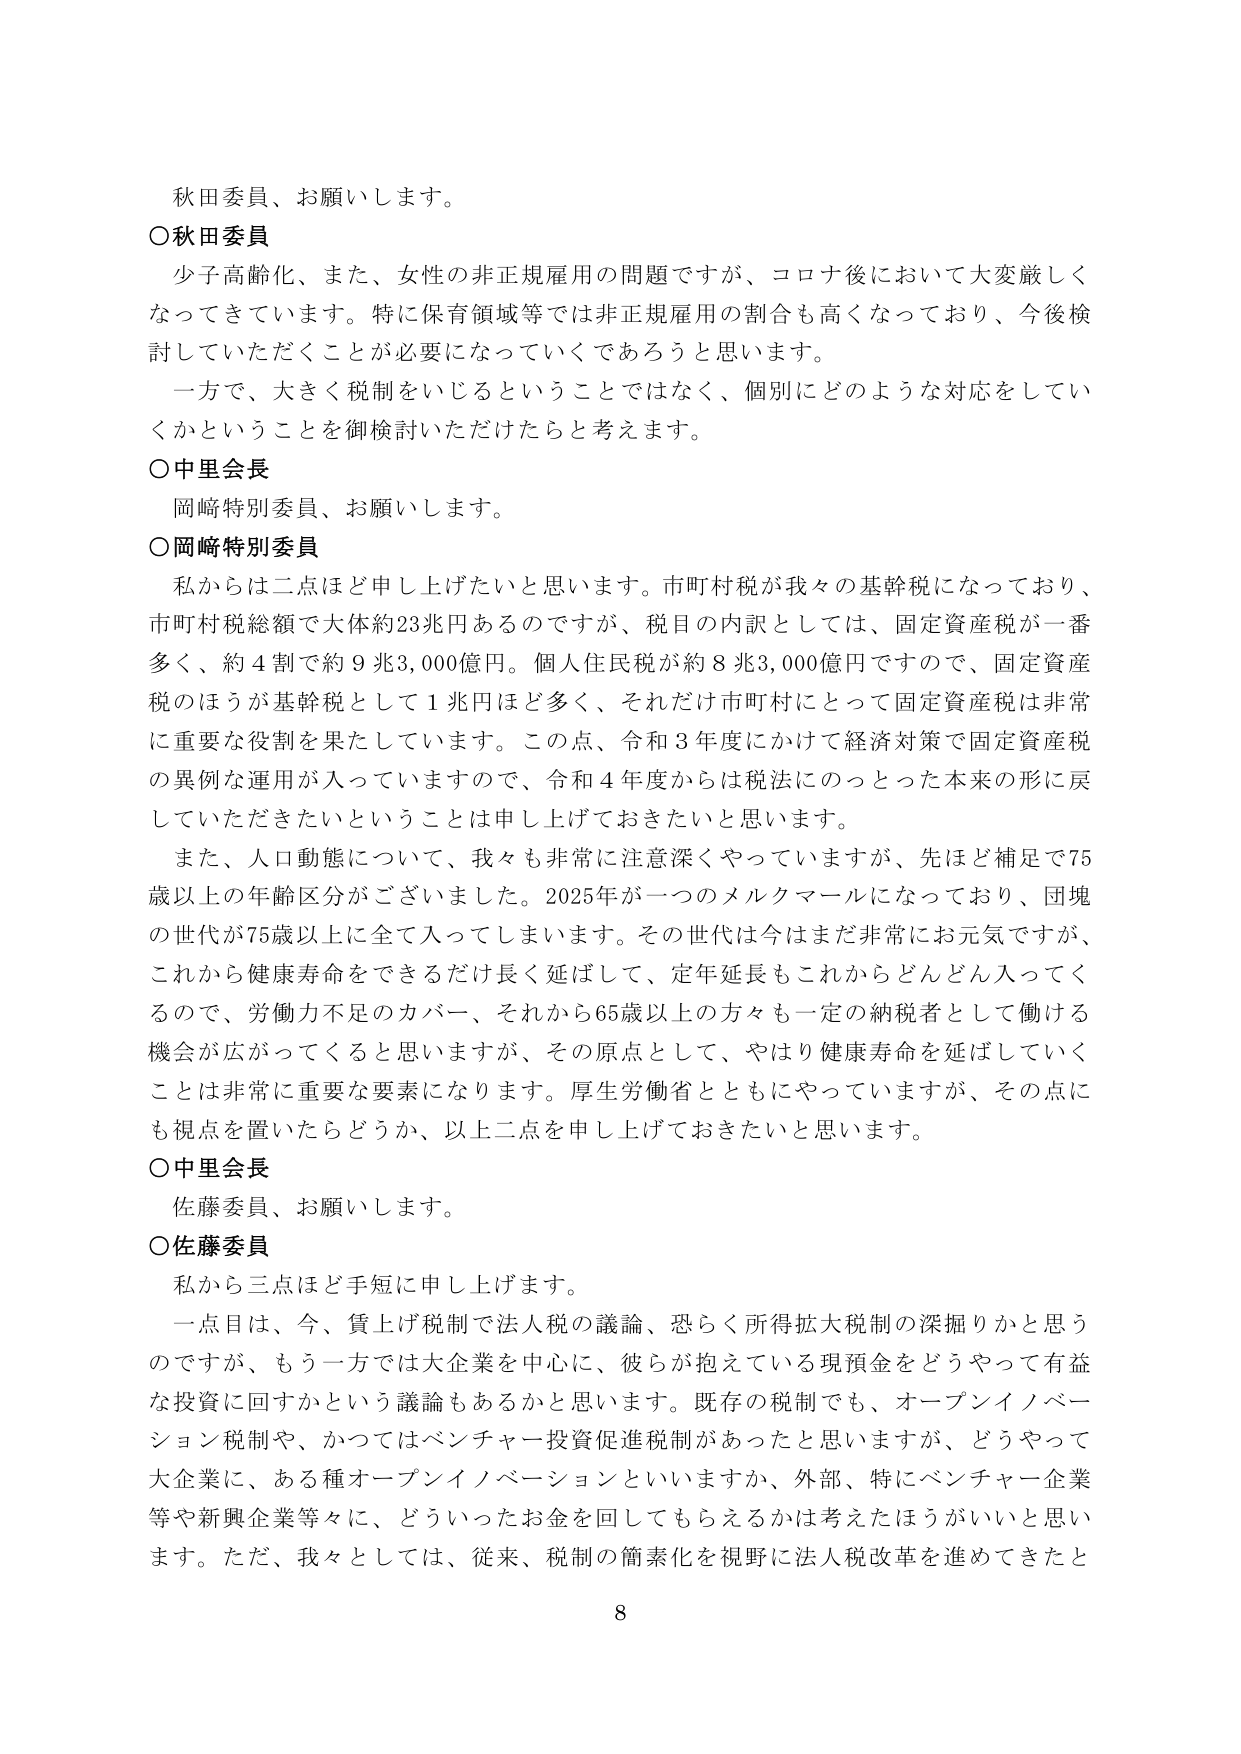
秋田委員、お願いします。

○秋田委員
少子高齢化、また、女性の非正規雇用の問題ですが、コロナ後において大変厳しくなってきています。特に保育領域等では非正規雇用の割合も高くなっており、今後検討していただくことが必要になっていくであろうと思います。
一方で、大きく税制をいじるということではなく、個別にどのような対応をしていくかということを御検討いただけたらと考えます。

○中里会長
岡崎特別委員、お願いします。

○岡崎特別委員
私からは二点ほど申し上げたいと思います。市町村税が我々の基幹税になっており、市町村税総額で大体約23兆円あるのですが、税目の内訳としては、固定資産税が一番多く、約4割で約9兆3,000億円。個人住民税が約8兆3,000億円ですので、固定資産税のほうが基幹税として1兆円ほど多く、それだけ市町村にとって固定資産税是非常に重要な役割を果たしています。この点、令和3年度にかけて経済対策で固定資産税の異例な運用が入っていますので、令和4年度からは税法にのっとった本来の形に戻していただきたいということは申し上げておきたいと思います。
また、人口動態について、我々も非常に注意深くやっていますが、先ほど補足で75歳以上の年齢区分がございました。2025年が一つのメルクマールになっており、団塊の世代が75歳以上に全て入ってしまいます。その世代は今はまだ非常に元気ですが、これから健康寿命をできるだけ長く延ばして、定年延長もこれからどんどん入ってくるので、労働力不足のカバー、それから65歳以上の方々も一定の納税者として働ける機会が広がってくると思いますが、その原点として、やはり健康寿命を延ばしていくことは非常に重要な要素になります。厚生労働省とともにやっていますが、その点にも視点を置いたらどうか、以上二点を申し上げておきたいと思います。

○中里会長
佐藤委員、お願いします。

○佐藤委員
私から三点ほど手短に申し上げます。
一点目は、今、質上げ税制で法人税の議論、恐らく所得拡大税制の深掘りかと思うのですが、もう一方では大企業を中心に、彼らが抱えている現預金をどうやって有益な投資に回すかという議論もあるかと思います。既存の税制でも、オープンイノベーション税制や、かつてはベンチャー投資促進税制があったと思いますが、どうやって大企業に、ある種オープンイノベーションといいますか、外部、特にベンチャー企業等や新興企業等々に、どういったお金を回してもらえるか考えたほうがいいと思います。ただ、我々としては、従来、税制の簡素化を視野に法人税改革を進めてきたと

8